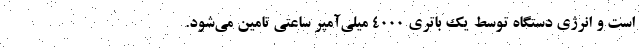
است و انرژی دستگاه توسط یک باتری ۴۰۰۰ میلی‌آمپر ساعتی تامین می‌شود.